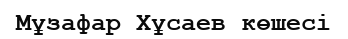
Мұзафар Хұсаев көшесі